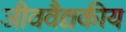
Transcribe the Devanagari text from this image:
जीववैद्यकीय